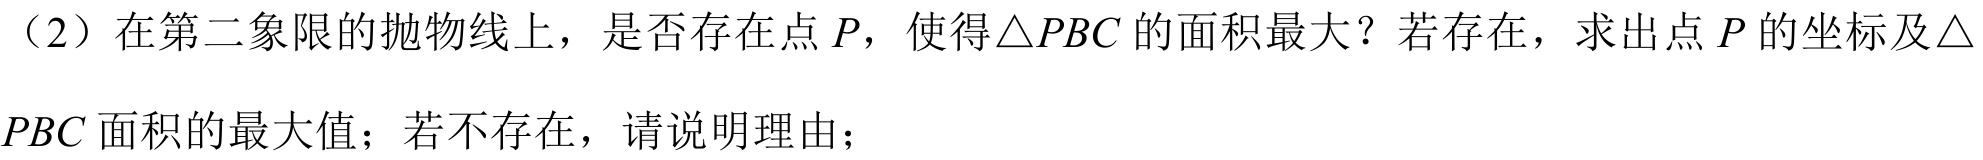
（2）在第二象限的抛物线上，是否存在点 \(P\)，使得\(\triangle PBC\) 的面积最大？若存在，求出点 \(P\) 的坐标及\(\triangle
PBC\) 面积的最大值；若不存在，请说明理由；